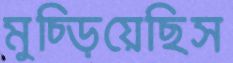
মুচ্‌ড়িয়েছিস